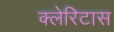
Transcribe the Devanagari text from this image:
क्लेरिटास